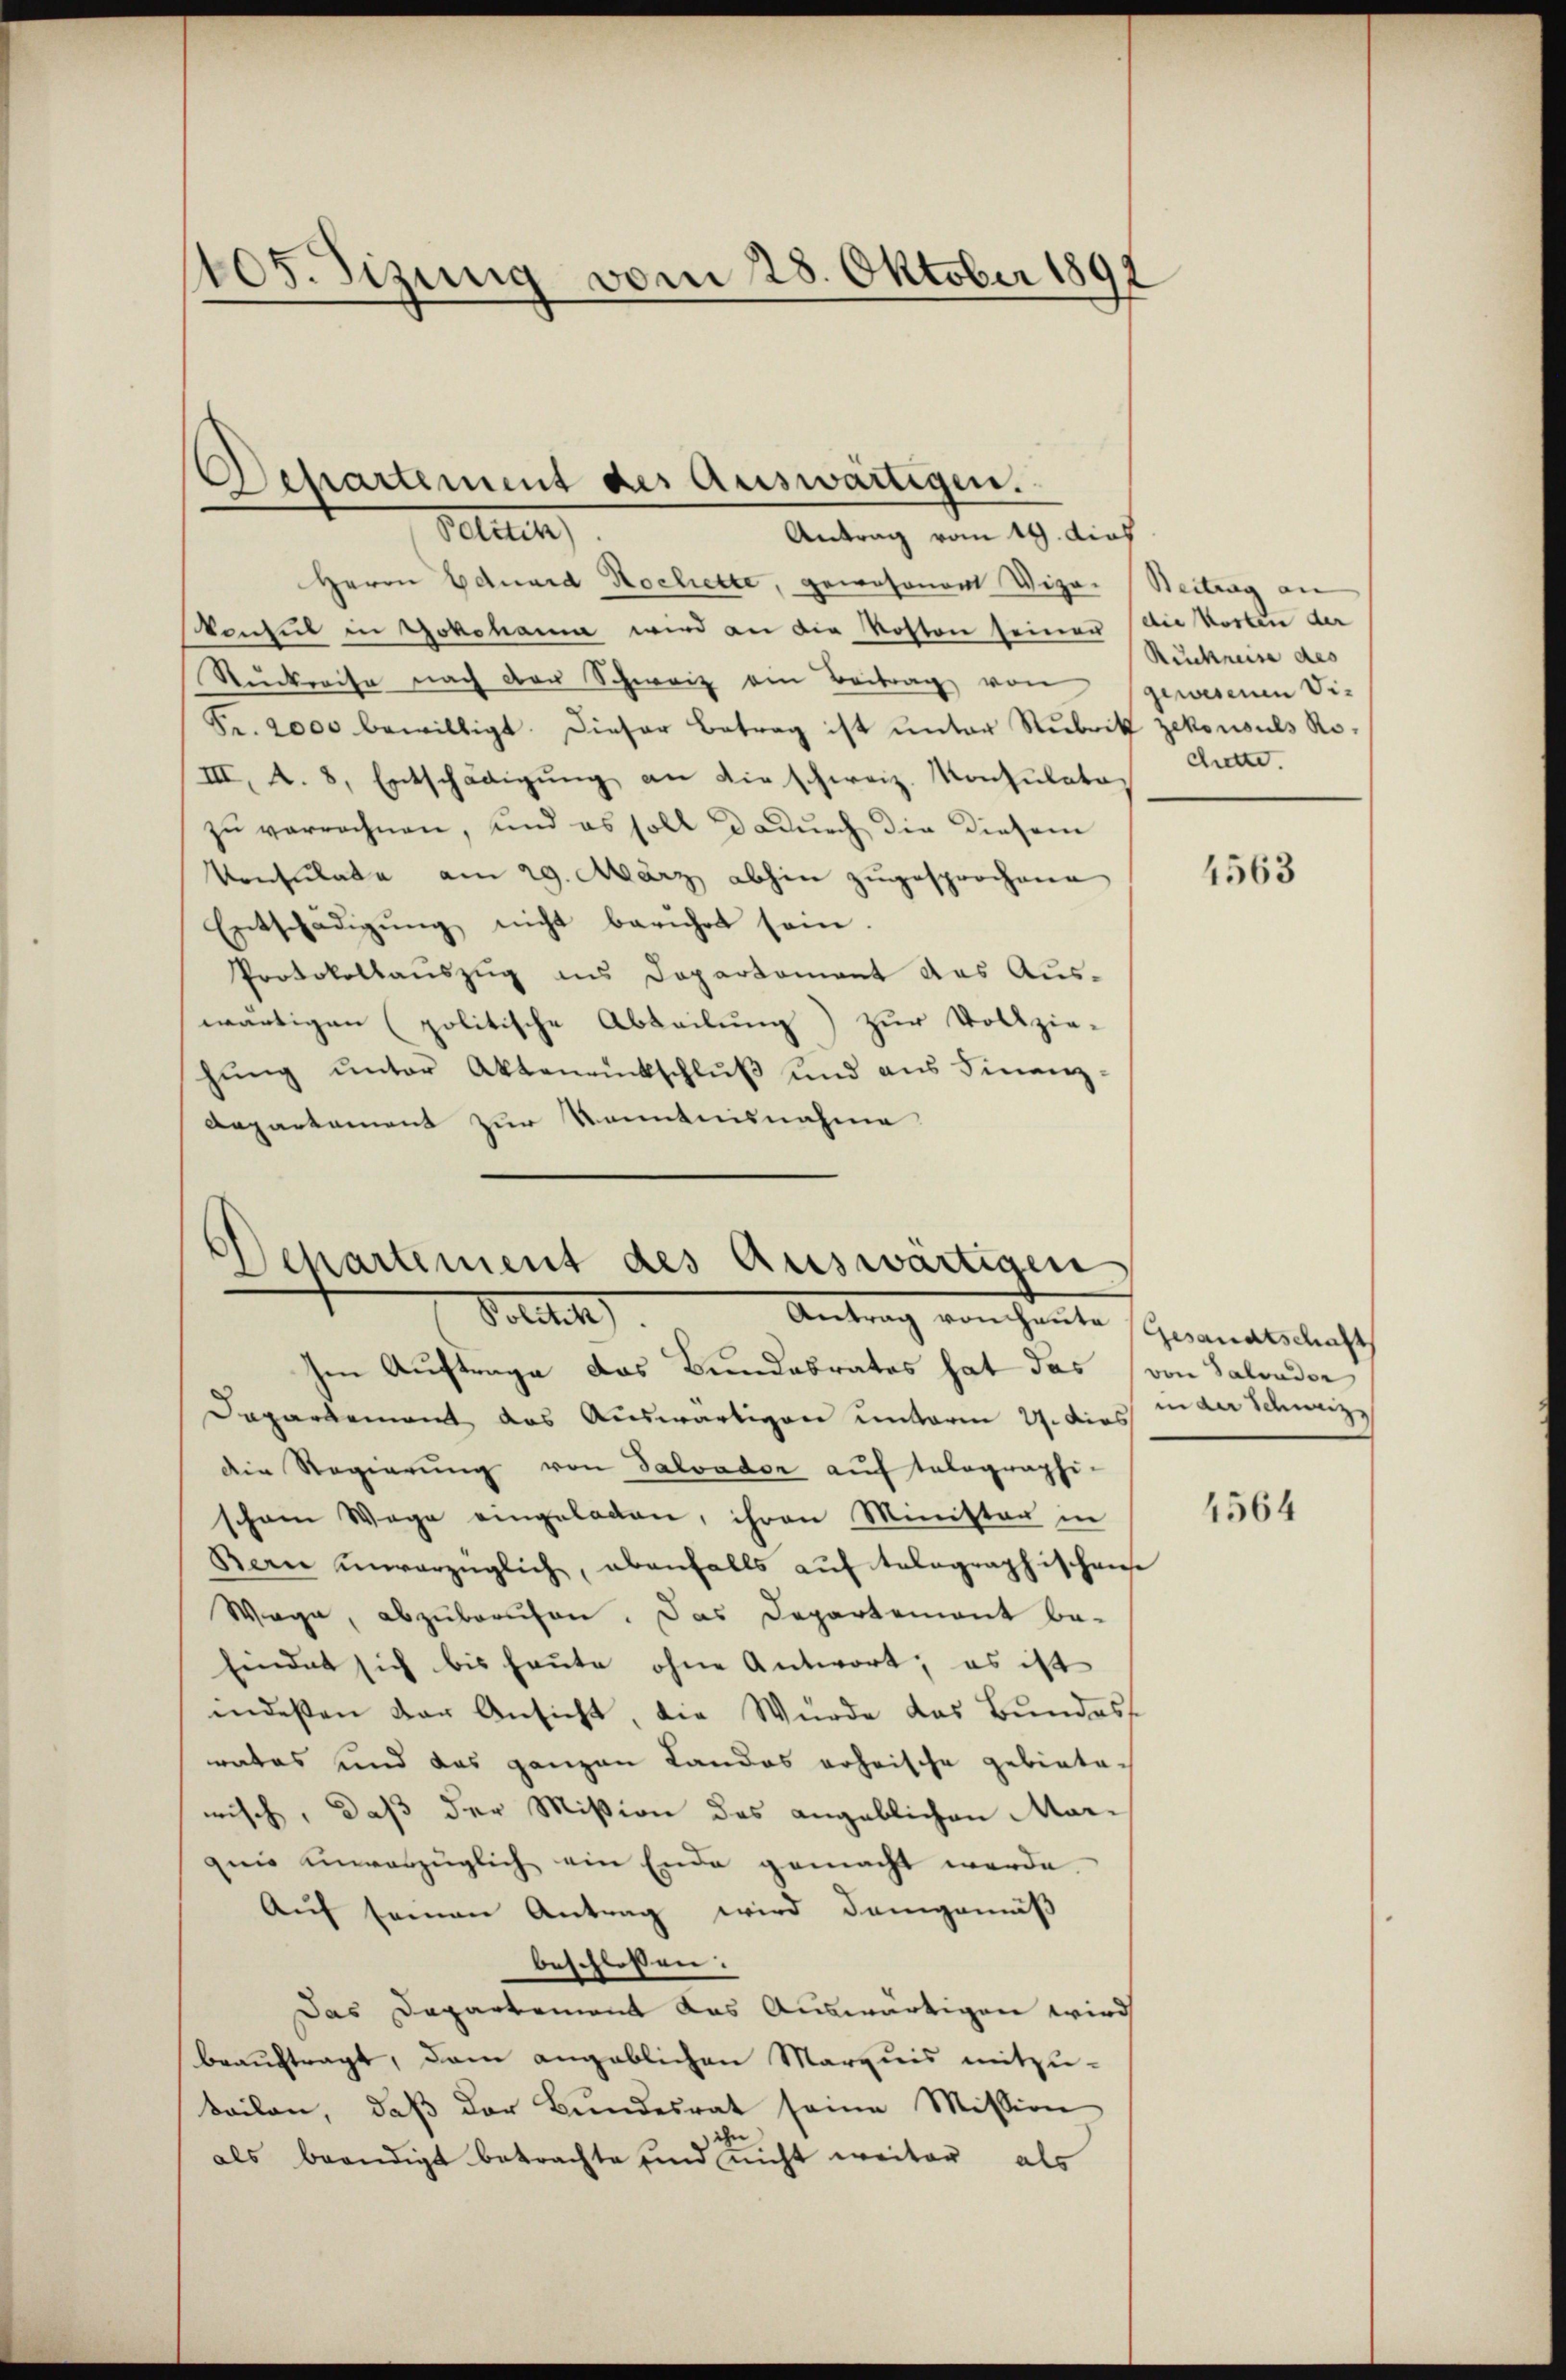
105. Sizung vom 28. Oktober 1891

Departement des Auswärtigen.
Tetten,
Antrag vom 19. dies

Herrn Eduard Hochette, gewohnert Wipa. Beitrag an
skonsul in Yokohann wird an die Kosten seiner die Kosten der
Stŭckreise nach der Schweiz ein Beitrag von gewesenen Vie
Fr. 2000 bewilligt. Dieser Betrag ist unter Rubrik zekonsuls Ro¬
III. A. 8, Entschädigung an die schweiz. Konsulato,
zu verrechnen, und es soll dadurch die diesem
Konsulate am 29. März abhin zugesprochene
Entschädigung nicht berührt sein.
Protokollauszug aus Departement das Auswärtigen (politische Abteilung) zur Vollzie-
hŭng ŭnter Aktenrückschlŭβ und aus Finanz-
Aepartement zur Kenntnisnahme

Departement des Auswärtigen
Polit
Antrag von heute Gesandtschaft

Im Auftrage das Bundesrates hat das von Salonder
Dapartement das Auswärtigen unterm 27. dies
die Regierŭng von Salvador auf talographi-
schon Wege eingeladen, ihren Minister in
Bern unverzüglich, ebenfalls auf tolographischense
Wage, abzuberuhen. Das Departement be-
findet sich bis heute ohne Antwort; es ist
indesten der Ansicht, die Würde das Bundes-
rates und das ganzen Landos erheische gebieten
wisch, daß der Mißion des angeblichen Mar-
quis unverzüglich ein Ende gemacht werde.
Auf seinen Antrag wird demgemäß
beschlossen.
Das Dapartement das Auswärtigen wird
beauftragt, dem angeblichen Marquis mitzu-
beilen, daβ der Bundesrat seine Mission
als beendigt betrachte sind nicht weiter als

Rückreise des
chatte.

4563

in der Schweiz

4564